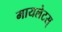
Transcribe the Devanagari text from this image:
मायलेटस्